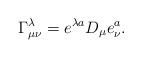
LaTeX: \begin{align*}\Gamma _{\mu \nu }^\lambda =e^{\lambda a}D_\mu e_\nu ^a.\end{align*}